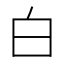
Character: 白